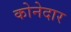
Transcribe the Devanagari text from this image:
कोनेदार